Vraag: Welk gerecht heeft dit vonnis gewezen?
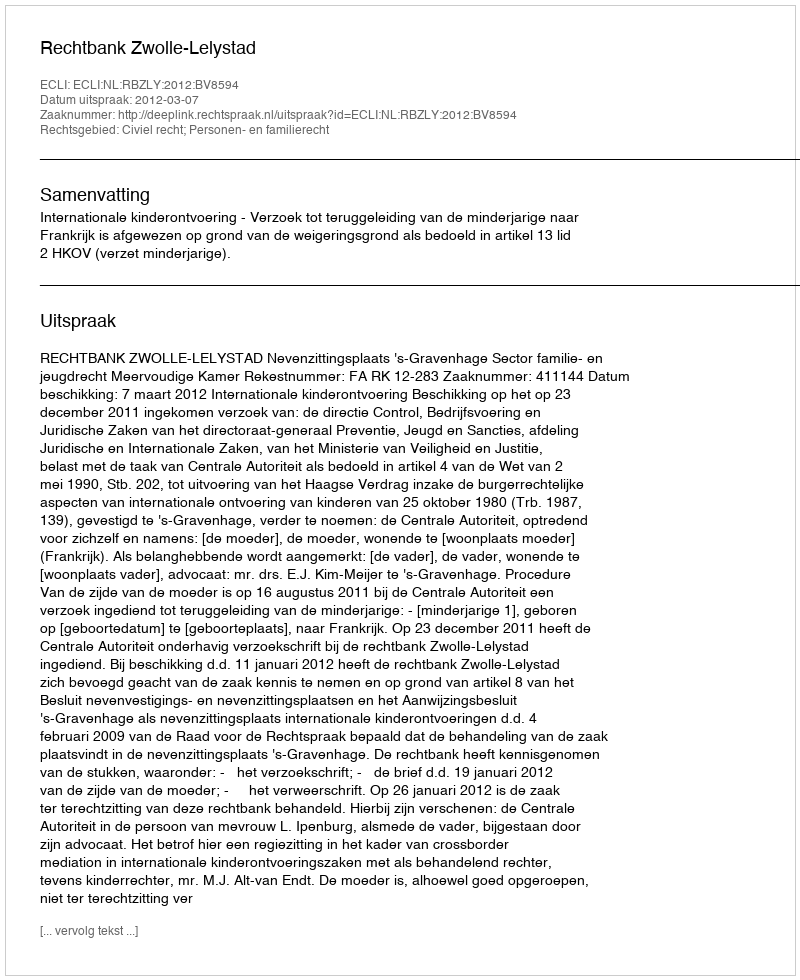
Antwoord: Rechtbank Zwolle-Lelystad